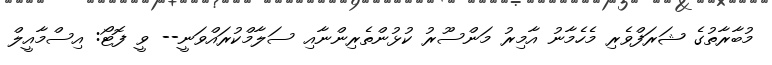
މުބާރާތުގެ ޝަރަފްވެރި މެހެމާނު އާމިރު މަންސޫރު ކުޅުންތެރިންނާއި ސަލާމްކުރައްވަނީ-- ވީ ފޮޓޯ: އިސްމާއީލް